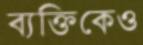
ব্যক্তিকেও